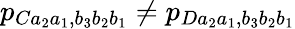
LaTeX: p_{Ca_{2}a_{1},b_{3}b_{2}b_{1}}\neq p_{Da_{2}a_{1},b_{3}b_{2}b_{1}}